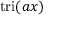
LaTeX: \operatorname { t r i } ( a x )